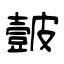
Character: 皼